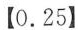
【0.25】